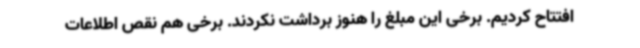
افتتاح کردیم. برخی این مبلغ را هنوز برداشت نکردند. برخی هم نقص اطلاعات